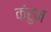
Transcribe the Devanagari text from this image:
कंरुन